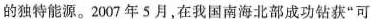
的独特能源。2007年5月，在我国南海北部成功钻获”可